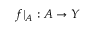
f | _ { A } : A \to Y